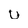
Character: D